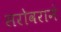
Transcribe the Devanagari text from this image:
सरोवराने